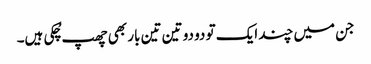
جن میں چند ایک تو دو دو تین تین بار بھی چھپ چُکی ہیں۔